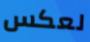
لعكس